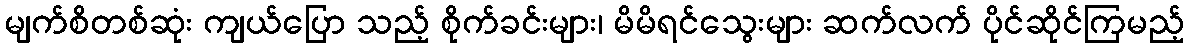
မျက်စိတစ်ဆုံး ကျယ်ပြော သည့် စိုက်ခင်းများ၊ မိမိရင်သွေးများ ဆက်လက် ပိုင်ဆိုင်ကြမည့်